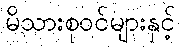
မိသားစုဝင်များနှင့်